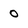
Character: 0